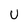
Character: U